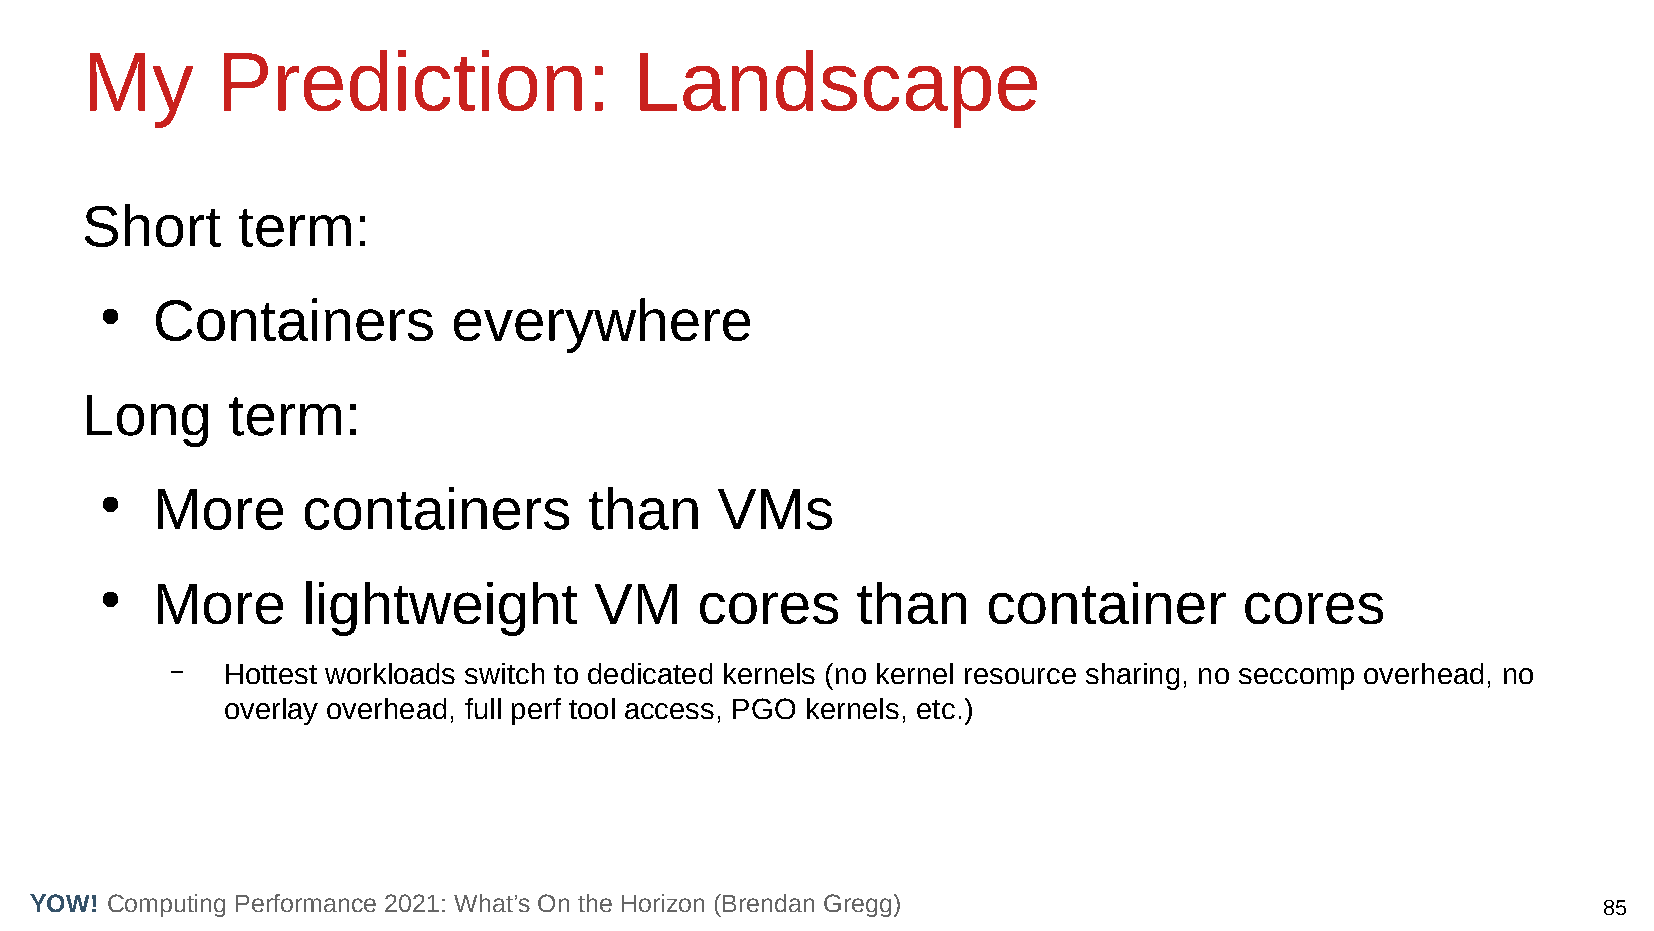
My       Prediction:                 Landscape
 Short      term:
 Containers          everywhere
 ●
 Long      term:
 More      containers         than    VMs
 ●
 More      lightweight        VM     cores      than    container        cores
 ●
 –   Hottest workloads switch to dedicated kernels (no kernel resource sharing, no seccomp overhead, no
 overlay overhead, full perf tool access, PGO kernels, etc.)
 YOW! Computing Performance 2021: What’s On the Horizon (Brendan Gregg)                                  85